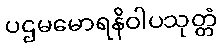
ပဌမမောရနိဝါပသုတ္တံ